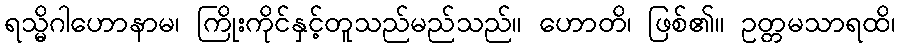
ရသ္မိဂါဟောနာမ၊ ကြိုးကိုင်နှင့်တူသည်မည်သည်။ ဟောတိ၊ ဖြစ်၏။ ဥတ္တမသာရထိ၊